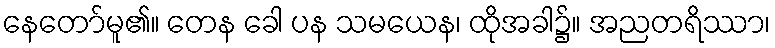
နေတော်မူ၏။ တေန ခေါ ပန သမယေန၊ ထိုအခါ၌။ အညတရိဿာ၊